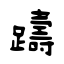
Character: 躊